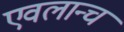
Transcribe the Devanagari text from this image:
एवलान्च